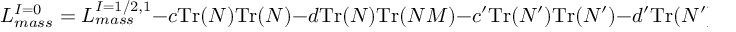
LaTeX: { \cal L } _ { m a s s } ^ { I = 0 } = { \cal L } _ { m a s s } ^ { I = 1 / 2 , 1 } - c \mathrm { T r } ( N ) \mathrm { T r } ( N ) - d \mathrm { T r } ( N ) \mathrm { T r } ( N { \cal M } ) - c ^ { \prime } \mathrm { T r } ( N ^ { \prime } ) \mathrm { T r } ( N ^ { \prime } ) - d ^ { \prime } \mathrm { T r } ( N ^ { \prime } ) \mathrm { T r } ( N ^ { \prime } { \cal M } ) - g G ^ { 2 }